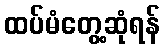
ထပ်မံတွေ့ဆုံရန်